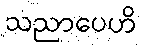
သညာပေဟိ